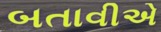
બતાવીએ